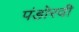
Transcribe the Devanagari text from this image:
पंडोरवी